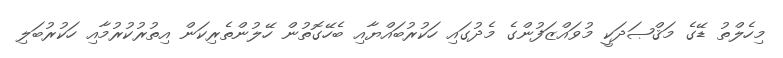
މިހެލްތު ޑޭގެ މަޤްޞަދަކީ މުވައްޒަފުންގެ މެދުގައި ހަކުރުބައްޔާއި ބެހޭގޮތުން ހޭލުންތެރިކަން އިތުރުކުރުމާއި ހަކުރުބަލި